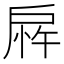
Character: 𫼎